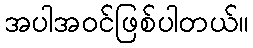
အပါအဝင်ဖြစ်ပါတယ်။